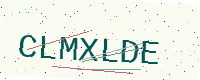
Text: CLMXLDE